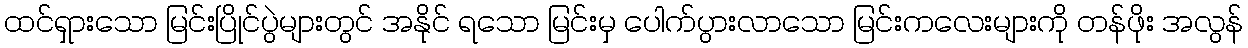
ထင်ရှားသော မြင်းပြိုင်ပွဲများတွင် အနိုင် ရသော မြင်းမှ ပေါက်ပွားလာသော မြင်းကလေးများကို တန်ဖိုး အလွန်